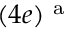
( 4 e ) ^ { \mathrm { ~ a ~ } }